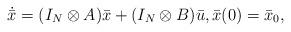
LaTeX: \begin{align*}\dot{\bar{x}} = (I_N\otimes A) \bar{x} + (I_N\otimes B)\bar{u},\bar{x}(0) =\bar{x}_{0},\end{align*}